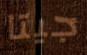
جيتا